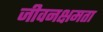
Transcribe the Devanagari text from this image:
जीवनक्षमता